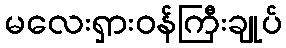
မလေးရှားဝန်ကြီးချုပ်